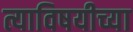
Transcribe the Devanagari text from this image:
त्याविषयीच्या